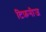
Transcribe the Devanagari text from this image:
टिफ़नीज